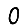
Digit: 0